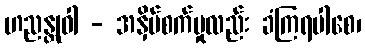
ဟညန္တုဝါ - အနှိပ်စက်မှုလည်း ခံကြရပါစေ၊